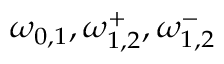
\omega _ { 0 , 1 } , \omega _ { 1 , 2 } ^ { + } , \omega _ { 1 , 2 } ^ { - }